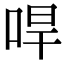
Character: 哻